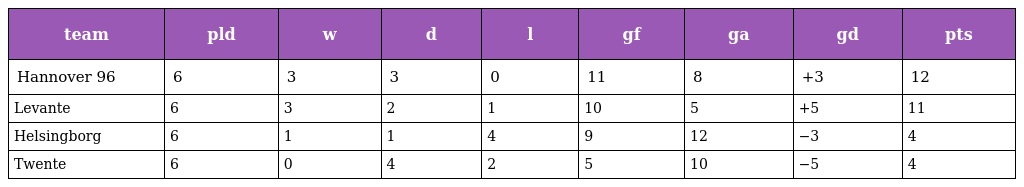
| team | pld | w | d | l | gf | ga | gd | pts |
 | --- | --- | --- | --- | --- | --- | --- | --- | --- |
 | Hannover 96 | 6 | 3 | 3 | 0 | 11 | 8 | +3 | 12 |
 | Levante | 6 | 3 | 2 | 1 | 10 | 5 | +5 | 11 |
 | Helsingborg | 6 | 1 | 1 | 4 | 9 | 12 | −3 | 4 |
 | Twente | 6 | 0 | 4 | 2 | 5 | 10 | −5 | 4 |